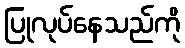
ပြုလုပ်နေသည်ကို